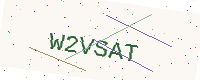
Text: W2VSAT